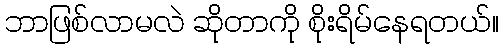
ဘာဖြစ်လာမလဲ ဆိုတာကို စိုးရိမ်နေရတယ်။